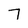
Character: 7